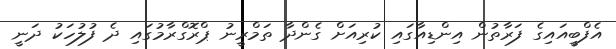
އެފްބީއައިގެ ފަރާތުން އިންޑިއާގައި ކުރިއަށް ގެންދާ ތަމްރީނު ޕްރޮގްރާމުގައި ދެ ފުލުހަކު ދަނީ